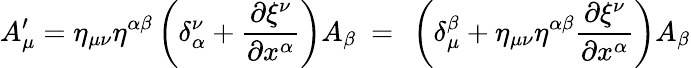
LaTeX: A_{\mu}^{\prime}=\eta_{\mu\nu}\eta^{\alpha\beta}\left(\delta_{\alpha}^{\nu}+\frac{\partial\xi^{\nu}}{\partial x^{\alpha}}\right)A_{\beta}~=~\left(\delta_{\mu}^{\beta}+\eta_{\mu\nu}\eta^{\alpha\beta}\frac{\partial\xi^{\nu}}{\partial x^{\alpha}}\right)A_{\beta}